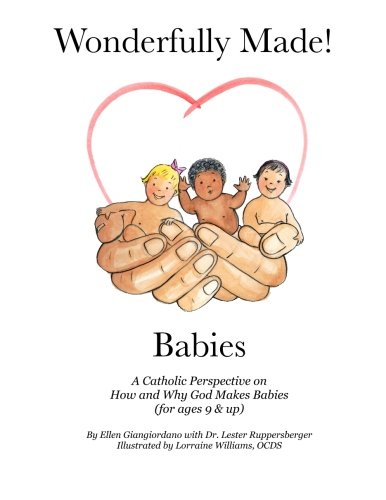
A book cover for Wonderfully Made! Babies: A Catholic Perspective on How and Why God Makes Babies (for ages 9 and up); Ellen Giangiordano; Religion & Spirituality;